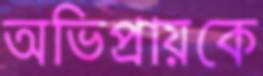
অভিপ্রায়কে